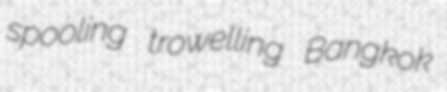
spooling trowelling Bangkok